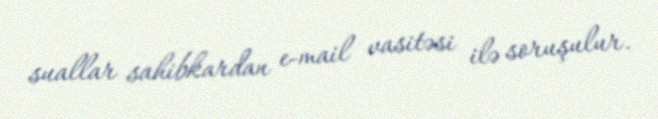
suallar sahibkardan e-mail vasitəsi ilə soruşulur.